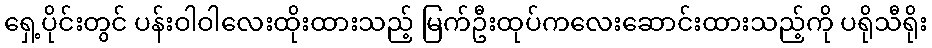
ရှေ့ပိုင်းတွင် ပန်းဝါဝါလေးထိုးထားသည့် မြက်ဦးထုပ်ကလေးဆောင်းထားသည့်ကို ပရိုသီရိုး